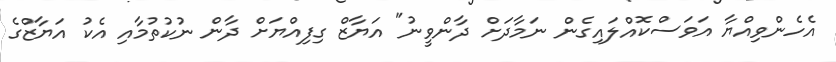
އެހެންވިއްޔާ އަވަސްކޮއްލައިގެން ނަމާދަށް ދާންވީނު" އަޔާޒް ގިފިއްޔަށް ދާން ނުކުތުމާއި އެކު އަޔާޒްގެ